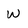
Character: W